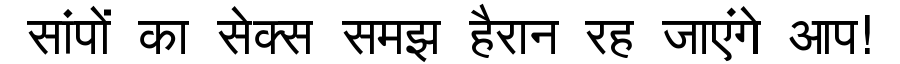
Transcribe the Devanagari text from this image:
सांपों का सेक्स समझ हैरान रह जाएंगे आप!